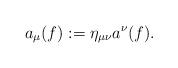
LaTeX: \begin{align*}a_\mu(f):=\eta_{\mu\nu} a^\nu(f).\end{align*}